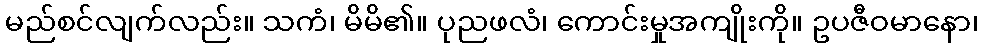
မည်စင်လျက်လည်း။ သကံ၊ မိမိ၏။ ပုညဖလံ၊ ကောင်းမှုအကျိုးကို။ ဥပဇီဝမာနော၊